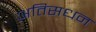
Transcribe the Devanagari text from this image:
अतिसधन